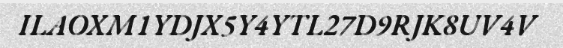
ILAOXM1YDJX5Y4YTL27D9RJK8UV4V